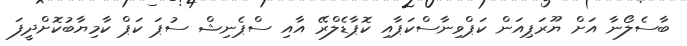
ބާސެލޯނާ އަށް ޔޫރަޕިއަން ކަޕްވިނާސްކަޕާއި ކޮޕާޑެލްރޭ އާއި ސްޕެނިޝް ސުޕަ ކަޕް ކާމިޔާބުކޮށްދީފަ